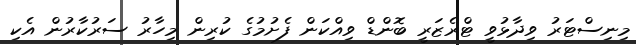
މިނިސްޓަރު ވިދާޅުވީ ޓްރެޒަރީ ބޮންޑް ވިއްކަން ފެށުމުގެ ކުރިން މިހާރު ސަރުކާރުން އެކި